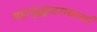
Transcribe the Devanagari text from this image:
महायुद्धादरम्यानचं